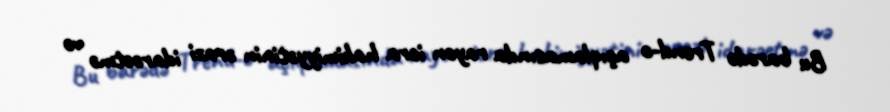
Bu barədə Trend-ə açıqlamasında rayon icra hakimiyyətinin ərazi idarəetmə və